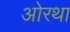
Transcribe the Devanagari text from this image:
ओरथा